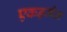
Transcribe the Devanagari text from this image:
एकड़मैन